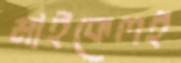
মাইকেলই